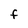
Character: F